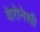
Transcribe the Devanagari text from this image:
वेरोनेसी